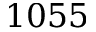
1 0 5 5